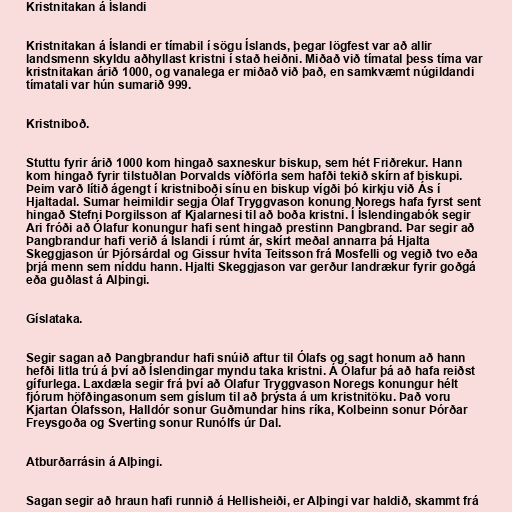
Kristnitakan á Íslandi

Kristnitakan á Íslandi er tímabil í sögu Íslands, þegar lögfest var að allir
landsmenn skyldu aðhyllast kristni í stað heiðni. Miðað við tímatal þess tíma var
kristnitakan árið 1000, og vanalega er miðað við það, en samkvæmt núgildandi
tímatali var hún sumarið 999.

Kristniboð.

Stuttu fyrir árið 1000 kom hingað saxneskur biskup, sem hét Friðrekur. Hann
kom hingað fyrir tilstuðlan Þorvalds víðförla sem hafði tekið skírn af biskupi.
Þeim varð lítið ágengt í kristniboði sínu en biskup vígði þó kirkju við Ás í
Hjaltadal. Sumar heimildir segja Ólaf Tryggvason konung Noregs hafa fyrst sent
hingað Stefni Þorgilsson af Kjalarnesi til að boða kristni. Í Íslendingabók segir
Ari fróði að Ólafur konungur hafi sent hingað prestinn Þangbrand. Þar segir að
Þangbrandur hafi verið á Íslandi í rúmt ár, skírt meðal annarra þá Hjalta
Skeggjason úr Þjórsárdal og Gissur hvíta Teitsson frá Mosfelli og vegið tvo eða
þrjá menn sem níddu hann. Hjalti Skeggjason var gerður landrækur fyrir goðgá
eða guðlast á Alþingi.

Gíslataka.

Segir sagan að Þangbrandur hafi snúið aftur til Ólafs og sagt honum að hann
hefði litla trú á því að Íslendingar myndu taka kristni. Á Ólafur þá að hafa reiðst
gífurlega. Laxdæla segir frá því að Ólafur Tryggvason Noregs konungur hélt
fjórum höfðingasonum sem gíslum til að þrýsta á um kristnitöku. Það voru
Kjartan Ólafsson, Halldór sonur Guðmundar hins ríka, Kolbeinn sonur Þórðar
Freysgoða og Sverting sonur Runólfs úr Dal.

Atburðarrásin á Alþingi.

Sagan segir að hraun hafi runnið á Hellisheiði, er Alþingi var haldið, skammt frá